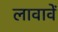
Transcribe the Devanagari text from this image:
लावावें